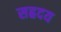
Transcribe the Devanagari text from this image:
सह्रदय